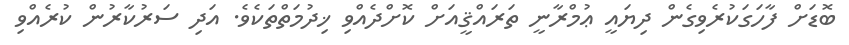
ބޮޑަށް ފާހަގަކުރެވިގެން ދިޔައީ ޢުމްރާނީ ތަރައްޤީއަށް ކޮށްދެއްވި ޚިދުމަތްތަކެވެ. އަދި ސަރުކާރުން ކުރެއްވި